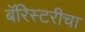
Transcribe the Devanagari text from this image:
बॅरिस्टरीचा